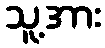
သူ့အား